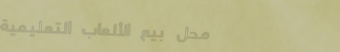
محل بيع الألعاب التعليمية